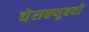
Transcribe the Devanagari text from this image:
चेसक्यूबची